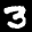
Label: 3